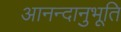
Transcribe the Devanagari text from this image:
आनन्‍दानुभूति